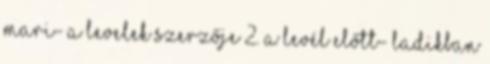
Mari- a levelek szerzője 2. A levél előtt- ladikban